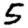
Digit: 5